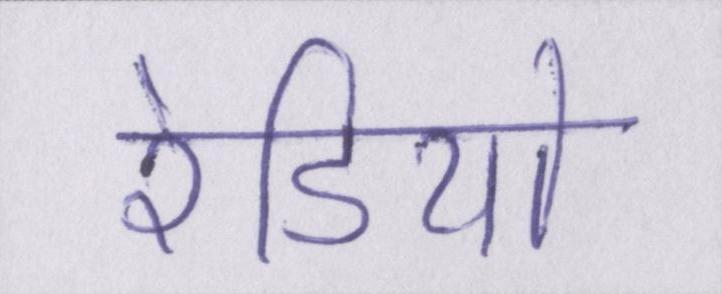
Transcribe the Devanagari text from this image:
रेडियो